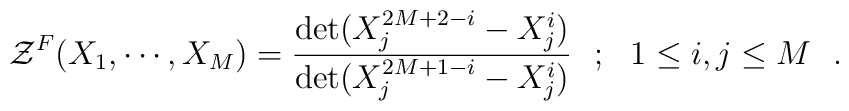
{\cal{Z}}^{F}(X_1, \cdots, X_M) = {\det(X_j^{2M+2-i}-X_j^{i})\over  \det (X_j^{2M+1-i}-X_j^{i})} ~~ ; ~~ 1 \le i,j \le M \,\,\,\,.